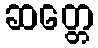
ဆတ္တေ